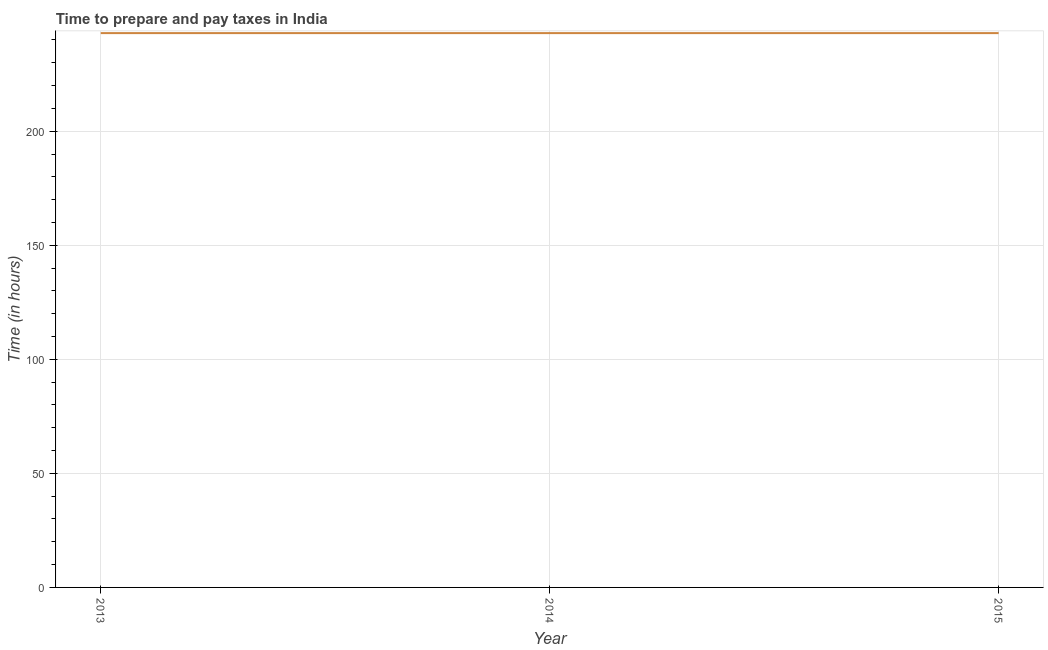
| Year | Time to prepare and pay taxes |
 | --- | --- |
 | 2013 | 243 |
 | 2014 | 243 |
 | 2015 | 243 |